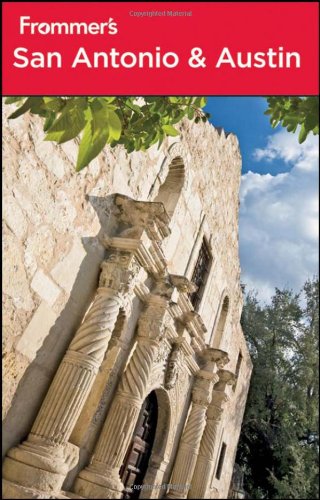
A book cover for Frommer's San Antonio and Austin (Frommer's Complete Guides); David Baird; Travel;